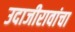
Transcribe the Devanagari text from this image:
उदाजीरावांचा